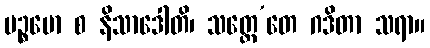
ပဉ္စမော စ နိသာဒေါတိ၊ သတ္တေ’တေ ဂဒိတာ သရာ။